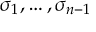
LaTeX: \sigma _ { 1 } , \ldots , \sigma _ { n - 1 }